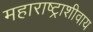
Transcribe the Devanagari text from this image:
महाराष्ट्राशीवाय